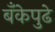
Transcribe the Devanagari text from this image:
बँकेपुढे